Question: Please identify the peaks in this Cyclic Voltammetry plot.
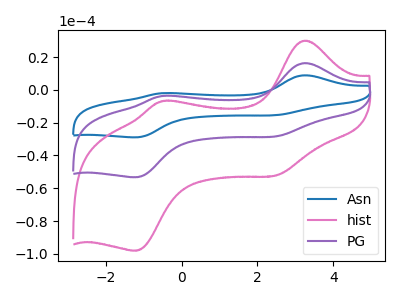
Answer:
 <answer>The blue curve "Asn" has anodic peaks at (3.25V, 32.60uA) (-0.55V, -7.55uA) and cathodic peaks at (2.45V, -56.80uA) (-1.20V, -106.60uA). The pink curve "hist" has anodic peaks at (3.25V, 30.00uA) (-0.55V, -6.95uA) and cathodic peaks at (2.45V, -52.25uA) (-1.20V, -98.10uA). The purple curve "PG" has anodic peaks at (3.25V, 16.30uA) (-0.55V, -3.75uA) and cathodic peaks at (2.45V, -28.40uA) (-1.20V, -53.30uA).</answer>
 <eval></eval>